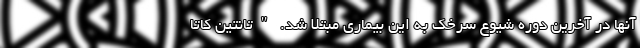
آنها در آخرین دوره شیوع سرخک به این بیماری مبتلا شد. "تانتین کاتا